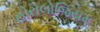
હોરોલોજિયમ